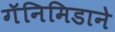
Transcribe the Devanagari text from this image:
गॅनिमिडाने